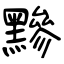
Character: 黲